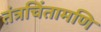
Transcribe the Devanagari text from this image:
तंत्रचिंतामणि